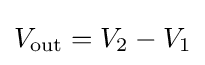
V_{\text{out}}=V_{2}-V_{1}